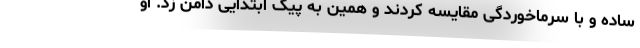
ساده و با سرماخوردگی مقایسه کردند و همین به پیک ابتدایی دامن زد. او